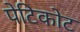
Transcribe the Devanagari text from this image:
पेटिकोट